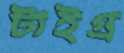
টাইগ্র